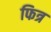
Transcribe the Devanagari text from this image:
फित्र